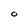
Character: O